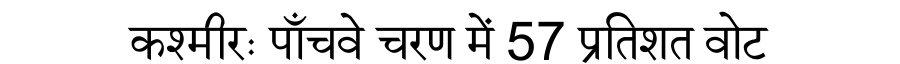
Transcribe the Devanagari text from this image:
कश्मीरः पाँचवे चरण में 57 प्रतिशत वोट